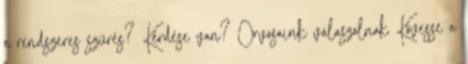
a rendszeres szűrés? Kérdése van? Orvosaink válaszolnak Kövesse a